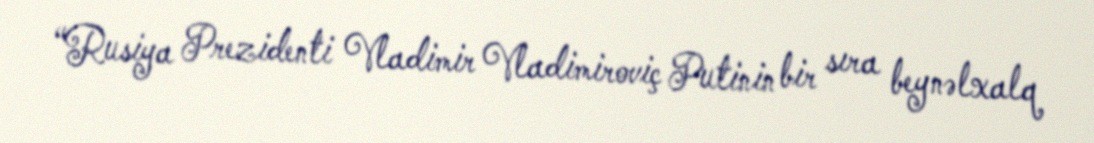
“Rusiya Prezidenti Vladimir Vladimiroviç Putinin bir sıra beynəlxalq